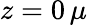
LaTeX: z=0\, \mu